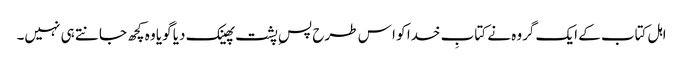
اہل کتاب کے ایک گروہ نے کتابِ خدا کو ا س طرح پسِ پشت پھینک دیا گویا وہ کچھ جانتے ہی نہیں۔